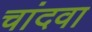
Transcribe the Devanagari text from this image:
चांदवा